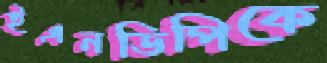
ইএনডিপিকে